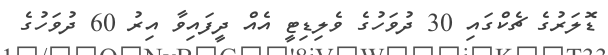
ޑޮލަރުގެ ޗެކްގައި 30 ދުވަހުގެ ވެލިޑިޓީ އެއް ދީފައިވާ އިރު 60 ދުވަހުގެ